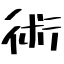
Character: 術